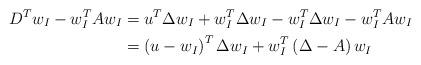
LaTeX: \begin{align*}D^{T}w_{I}-w_{I}^{T}Aw_{I} & =u^{T}\Delta w_{I}+w_{I}^{T}\Delta w_{I}-w_{I}^{T}\Delta w_{I}-w_{I}^{T}Aw_{I}\\& =\left( u-w_{I}\right) ^{T}\Delta w_{I}+w_{I}^{T}\left( \Delta-A\right)w_{I}\end{align*}